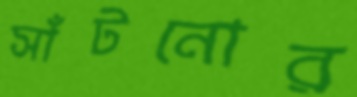
সাঁটনোর